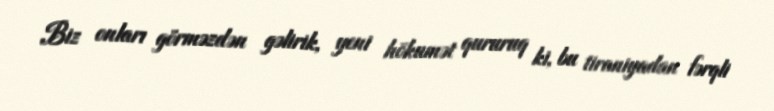
Biz onları görməzdən gəlirik, yeni hökumət qururuq ki, bu tiraniyadan fərqli